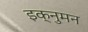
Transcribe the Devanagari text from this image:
इक्नुमन